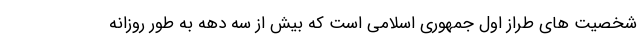
شخصیت های طراز اول جمهوری اسلامی است که بیش از سه دهه به طور روزانه